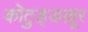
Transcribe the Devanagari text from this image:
कॊटुङ्ङल्लूर